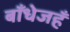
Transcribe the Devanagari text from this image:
बाँधेजहँ